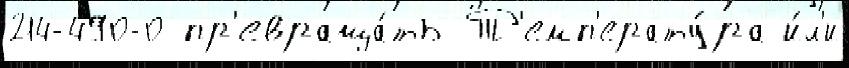
214-490-0 пр'евраща́ть Т'емп'ерату́ра и́л'и